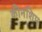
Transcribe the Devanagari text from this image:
कीनशिप